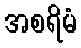
အစရိမံ